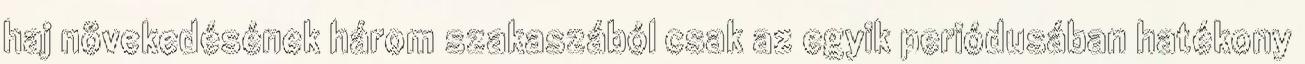
haj növekedésének három szakaszából csak az egyik periódusában hatékony